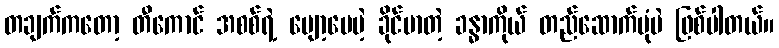
တချက်ကတော့ တီကောင် အစစ်ရဲ့ ပျော့ပေမဲ့ ခိုင်မာတဲ့ ခန္ဓာကိုယ် တည်ဆောက်ပုံပဲ ဖြစ်ပါတယ်။